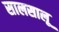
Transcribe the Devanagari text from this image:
सालसालू